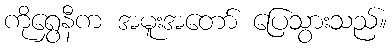
ကိုရွှေနီက အမူးအတော် ပြေသွားသည်။